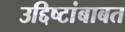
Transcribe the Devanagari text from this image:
उद्दिष्टांबाबत